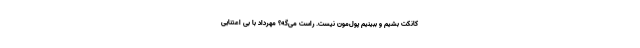
کانکت بشیم و ببینیم پول­مون نیست. راست می­گه؟ مهرداد با بی ­اعتنایی